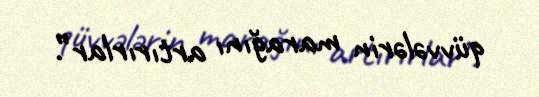
qüvvələrin marağını artırırlar”.